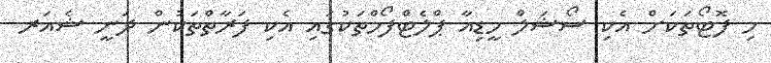
މި ފޮޓޯތަކަށް އެކި ސޯޝަލް މީޑިއާ ޕްލެޓްފޯމްތަކުގައި އެކި ފަރާތްތަކުން ދަނީ ޝެއަރ